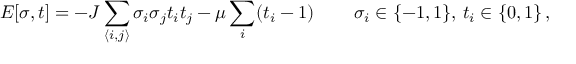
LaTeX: E [ \sigma , t ] = - J \sum _ { \langle i , j \rangle } \sigma _ { i } \sigma _ { j } t _ { i } t _ { j } - \mu \sum _ { i } ( t _ { i } - 1 ) \, \qquad \sigma _ { i } \in \{ - 1 , 1 \} , \, t _ { i } \in \{ 0 , 1 \} \, ,